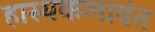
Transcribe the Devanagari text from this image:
हास्यकलावंत